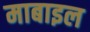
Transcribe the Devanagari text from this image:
माबाइल